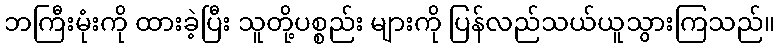
ဘကြီးမုံးကို ထားခဲ့ပြီး သူတို့ပစ္စည်း များကို ပြန်လည်သယ်ယူသွားကြသည်။